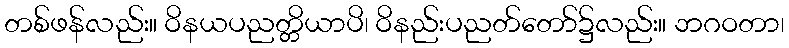
တစ်ဖန်လည်း။ ဝိနယပညတ္တိယာပိ၊ ဝိနည်းပညတ်တော်၌လည်း။ ဘဂဝတာ၊